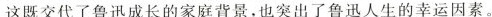
这既交代了鲁迅成长的家庭背景,也突出了鲁迅人生的幸运因素。